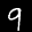
Label: 9